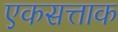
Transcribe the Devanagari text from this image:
एकसत्ताक